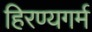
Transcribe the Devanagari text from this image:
हिरण्यगर्म